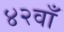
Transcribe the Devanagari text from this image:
४२वाँ